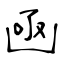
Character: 凾